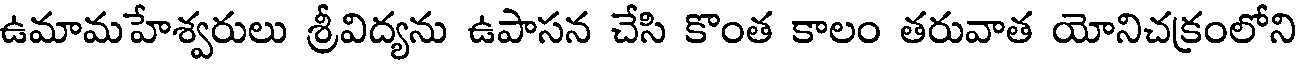
ఉమామహేశ్వరులు శ్రీవిద్యను ఉపాసన చేసి కొంత కాలం తరువాత యోనిచక్రంలోని